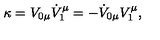
\kappa = V _ { 0 \mu } \dot { V } _ { 1 } ^ { \mu } = - \dot { V } _ { 0 \mu } V _ { 1 } ^ { \mu } ,